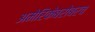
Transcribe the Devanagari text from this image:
अमेरिकेबरोबरच